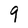
Character: 9